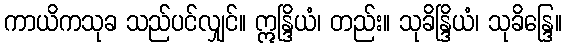
ကာယိကသုခ သည်ပင်လျှင်။ ဣန္ဒြိယံ၊ တည်း။ သုခိန္ဒြိယံ၊ သုခိန္ဒြေ။